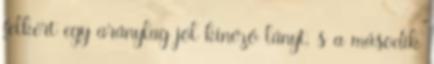
felkért egy aránylag jól kinéző lányt, s a második